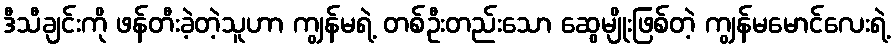
ဒီသီချင်းကို ဖန်တီးခဲ့တဲ့သူဟာ ကျွန်မရဲ့ တစ်ဦးတည်းသော ဆွေမျိုးဖြစ်တဲ့ ကျွန်မမောင်လေးရဲ့